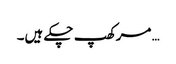
… مرکھپ چکے ہیں۔